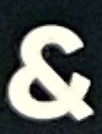
&